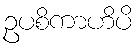
ဥပစိကာဟိပိ